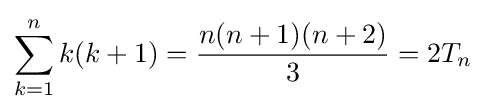
\sum _{k=1}^{n}k(k+1)={\frac {n(n+1)(n+2)}{3}}=2T_{n}